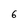
Character: 6